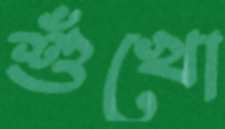
শুঁখো